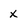
Character: X